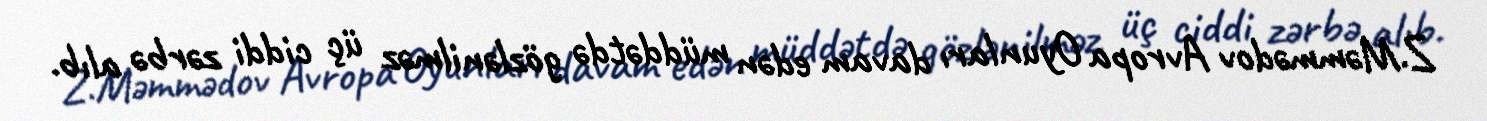
Z.Məmmədov Avropa Oyunları davam edən müddətdə gözlənilməz üç ciddi zərbə alıb.